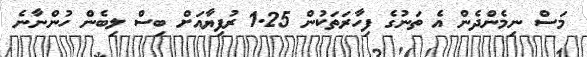
މަސް ނިމެންދެން އެ ތަނުގެ ފިހާރަތަކުން 1.25 ރުފިޔާއަށް ބިސް ލިބެން ހުންނާނެ